King Institute of Preventive Medicine Micro-Biological Section reports 1909-11
Year: 1909
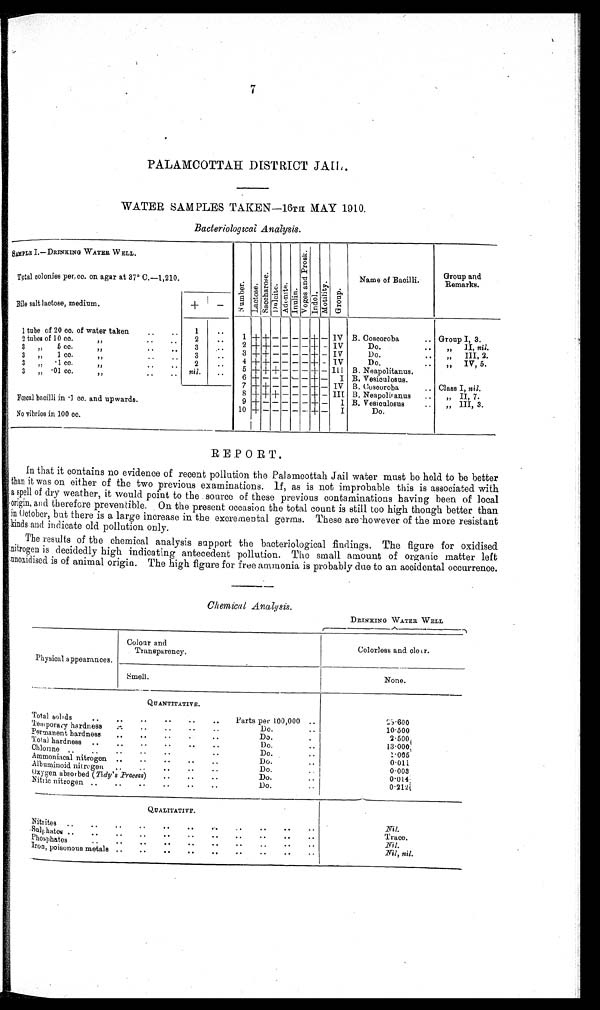
PALAMCOTTAH DISTRICT JAIL.
WATER SAMPLES TAKEN-16TH MAY 1910.
Bacteriological Analysis.
S A M P L E I . — D R I N K I N G W A T E R W E L L .
N u m b e r . L a c t o s e .
S a c c h a r o s e .
D u l c i t e . A d o n i t e .
I n u l i n .
V o g e s a n d P r o s k .
Indol. M o t i l i t y . Group.
Name of Bacilli.
Group and
Remarks.
Total colonies per. cc. on agar at 37° C.-1,210.
Bile salt lactose, medium.
+
-
1 tube of 20 cc. of water taken
. . 1
. .
1 + + - - - - + - IV B. Coscoroba
.. Group I, 3.
2 tubes of 10 cc.
,,
. .
2
. .
2 + + - - - - + - IV
Do.
..
" I I ,
nil.
3 „
5 cc.
,,
..
3
. .
3 + + - - - - + - IV
Do.
. . „ III, 2.
3 ,,1 cc.
,,
..
..
3
..
4 + + - - - - + - IV
Do.
. .
,, IV, 5.
3 „
. 1 c c .
, ,
. .
. .
2
..
5 + + + - - - + - III B. Neapolitanus.
3 ,,
. 0 1
c c .
, ,
. .
. . nil.
..
6 + - - - - - + - I B. Vesiculosus.
7 + + - - - - + - IV B. Coscoroba . . Class I, nil.
8 + + + - - - + - III. B. Neapolitanus
..
„ II, 7.
Fœcal bacilli in .1 cc. and upwards.
9 + - - - - - + -
I B. Vesiculosus
..
„ III, 3.
10 + -
-
- - - + - I
Do.
No vibrios in 100 cc.
REPORT.
In that it contains no evidence of recent pollution the Palamcottah Jail water must be held to be better
than it was on either of the two previous examinations. If, as is not improbable this is associated with
a s p e l l o f d r y w e a t h e r , i t w o u l d p o i n t t o t h e s o u r c e o f t h e s e p r e v i o u s c o n t a m i n a t i o n s h a v i n g b e e n o f l o c a l
origin, and. therefore preventible. On the present occasion the total count is still too high though better than
in October, but there is a large increase in the excremental germs. These are however of the more resistant
k i n d s a n d i n d i c a t e o l d p o l l u t i o n o n l y .
The results of the chemical analysis support the bacteriological findings. The figure for oxidised
nitrogen is decidedly high indicating antecedent pollution. The small amount of organic matter left
unoxidised is of animal origin. The high figure for free ammonia is probably due to an accidental occurrence.
Chemical Analysis.
DRINKING WATER WELL
Physical appearances.
Colour and
Transparency.
Colorless and clear.
Smell.
None.
QUANTITATIVE.
Total solids
..
.. .. .. .. ..
Parts per 100,000 ..
25.600
Temporary hardness
.. .. .. .. ..
Do.
10.500
Permanent hardness
..
..
Do.
2 . 5 0 0
Total hardness ..
..
..
..
Do.
..
13.000
Chlorine .. ..
Do.
..
1.065
Ammoniacal nitrogen ..
..
..
Do.
..
0 . 0 1 1
Albuminoid nitrogen ..
..
..
..
..
Do.
0.003
Oxygen absorbed ( Tidy's Process)
..
Do.
0 . 0 1 4
Nitric nitrogen ..
..
..
..
Do.
0.212
QUALITATIVE.
Nitrites ..
..
..
..
Nil.
Sulphates
Trace .
Phosphates
.
.. .. .. .. .. ..
Nil .
Iron, poisonous metals ..
..
..
Nil, nil.